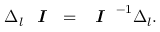
\Delta _ { l } \textit { \textbf { I } } = \textit { \textbf { I } } ^ { - 1 } \Delta _ { l } .